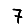
Digit: 7